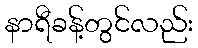
နာရီခန့်တွင်လည်း